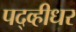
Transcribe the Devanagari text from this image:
पद्व्हीधर